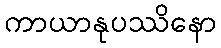
ကာယာနုပဿိနော